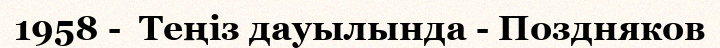
1958 -  Теңіз дауылында - Поздняков